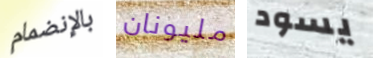
بالإنضمام مليونان يسود